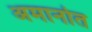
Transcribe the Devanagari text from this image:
अमानोत